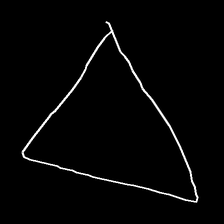
Glyph: convergence